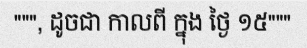
""", ដូចជា កាលពី ក្នុង ថ្ងៃ ១៥"""